Supplement to the account of plague administration in the Bombay Presidency from September 1896 till May 1897
Year: 1896
Disease focus: Plague
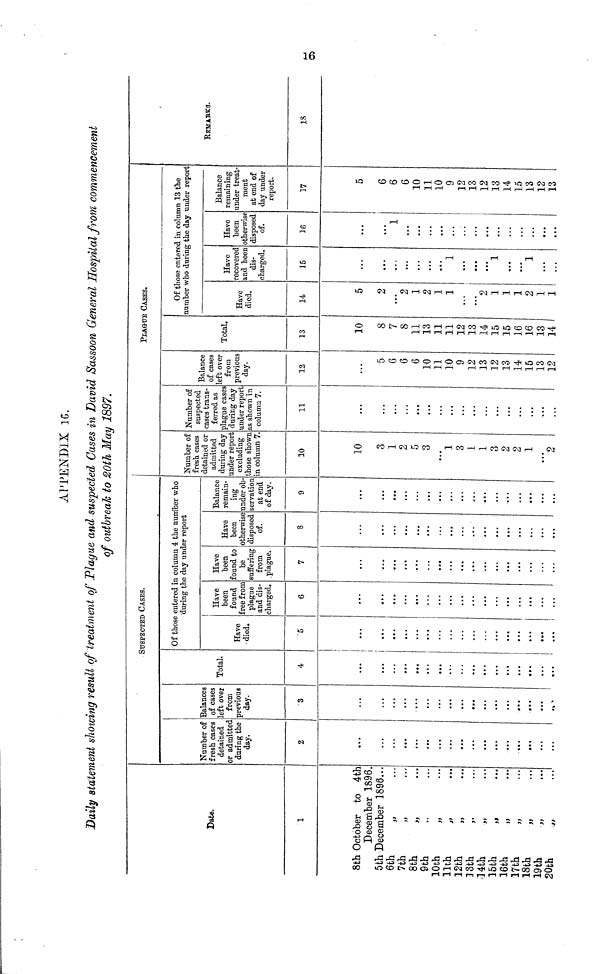
M
APPENDIX 16.
Daily statement showing result of treatment of Plague and suspected Cases in David Sassoon General Hospital from commencement
of outbreak to 20th May 1897.
Date.
1
8th October to 4th
December 1896.
5th December 1896...
6th ,, ...
7th ,, ...
8th ,, ...
9th ,, ...
10th ,, ...
11th ,, ...
12th ,, ...
13th ,, ...
14th ,, ...
15th ,, ...
16th ,, ...
17th ,, ...
18th ,, ...
19th ,, ...
20th ,, ...
Number of
fresh cases
detained
or admitted
during the
day.
2
...
...
...
...
...
...
...
...
...
...
...
...
...
...
...
...
...
Balances
of cases
left over
from
previous
day.
3
...
...
...
...
...
...
...
...
...
...
...
...
...
...
...
...
...
Total.
4
...
...
...
...
...
...
...
...
...
...
...
...
...
...
...
...
...
SUSPECTEDCASES.
Of those entered in column 4 the number who
during the day under report
Have
.died.
5
...
...
...
...
...
...
...
...
...
...
...
...
...
...
...
...
...
Have
been
found
free from
plague
and dis-
charged.
6
...
...
...
...
...
...
...
...
...
...
...
...
...
...
...
...
...
Have
been
found to
be
suffering
from
plague.
7
...
...
...
...
...
...
...
...
...
...
...
...
...
...
...
...
...
Have
been
otherwise
disposed
of.
8
...
...
...
...
...
...
...
...
...
...
...
...
...
...
...
...
...
Balance
remain-
ing
under ob-
servation
at end
of day.
9
...
...
...
...
...
...
...
...
...
...
...
...
...
...
...
...
...
PLAGUE CASES.
Number of
fresh cases
detained or
admitted
during day
under report
excluding
those shown
in column 7.
10
10
3
1
2
5
3
...
]
3
1
1
3
2
2
1
...
2
Number of
suspected
cases trans-
ferred as
plague cases
during day
under report
as shown in
column 7.
11
...
...
...
...
...
...
...
...
...
...
...
...
...
...
...
...
...
Balance
of cases
left over
from
previous
day.
12
...
5
6
6
6
10
]1
10
9
12
13
12
13
14
15
13
12
Total.
13
10
8
7
8
11
13
11
11
12
13
14
15
15
16
16
13
14
Of those entered in column 13 the
number who during the day under report
Have
died.
14
5
2
...
2
1
2
1
1
...
...
2
1
1
1
2
1
1
Have
recovered
and been
dis-
charged.
18
...
...
...
...
...
...
...
1
...
...
...
1
...
...
1
...
...
Have
been
otherwise
disposed
of.
16
...
...
1
...
...
...
...
...
...
...
...
...
...
...
...
...
...
Balance
remaining
under treat-
ment
at end of
day under
report.
17
5
6
6
6
10
11
10
9
12
13
12
13
14
15
13
12
13
REMARKS
18